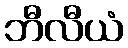
ဘီလီယံ